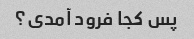
پس کجا فرود آمدی؟